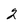
Character: 2